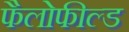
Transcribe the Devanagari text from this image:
फैलोफील्ड